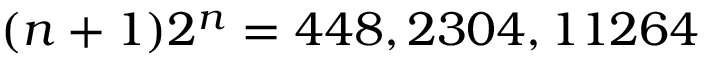
( n + 1 ) 2 ^ { n } = 4 4 8 , 2 3 0 4 , 1 1 2 6 4